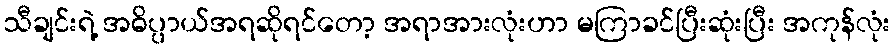
သီချင်းရဲ့ အဓိပ္ပာယ်အရဆိုရင်တော့ အရာအားလုံးဟာ မကြာခင်ပြီးဆုံးပြီး အကုန်လုံး